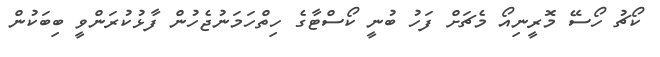
ކޯޗު ހޯސޭ މޮރީނިއޯ މެޗަށް ފަހު ބުނީ ކޯސްޓާގެ ހިތްހަމަނުޖެހުން ފާޅުކުރަންވީ ބިބަކުން